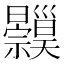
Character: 𱵸